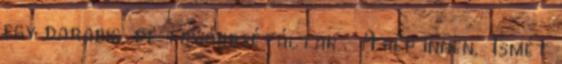
egy darabig, de továbbsétáltak . A kép innen. Ismét